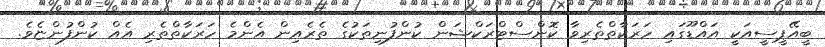
ބީއޭޕީސީއަކީ އައްޑޫގައި ހަރަކާތްތެރިވާ ކޮންސްޓްރަކްޝަން ކުންފުނިތަކުގެ ތެރެއިން އެންމެ ހަރަކާތްތެރި އެއް ކުންފުންޏެވެ.